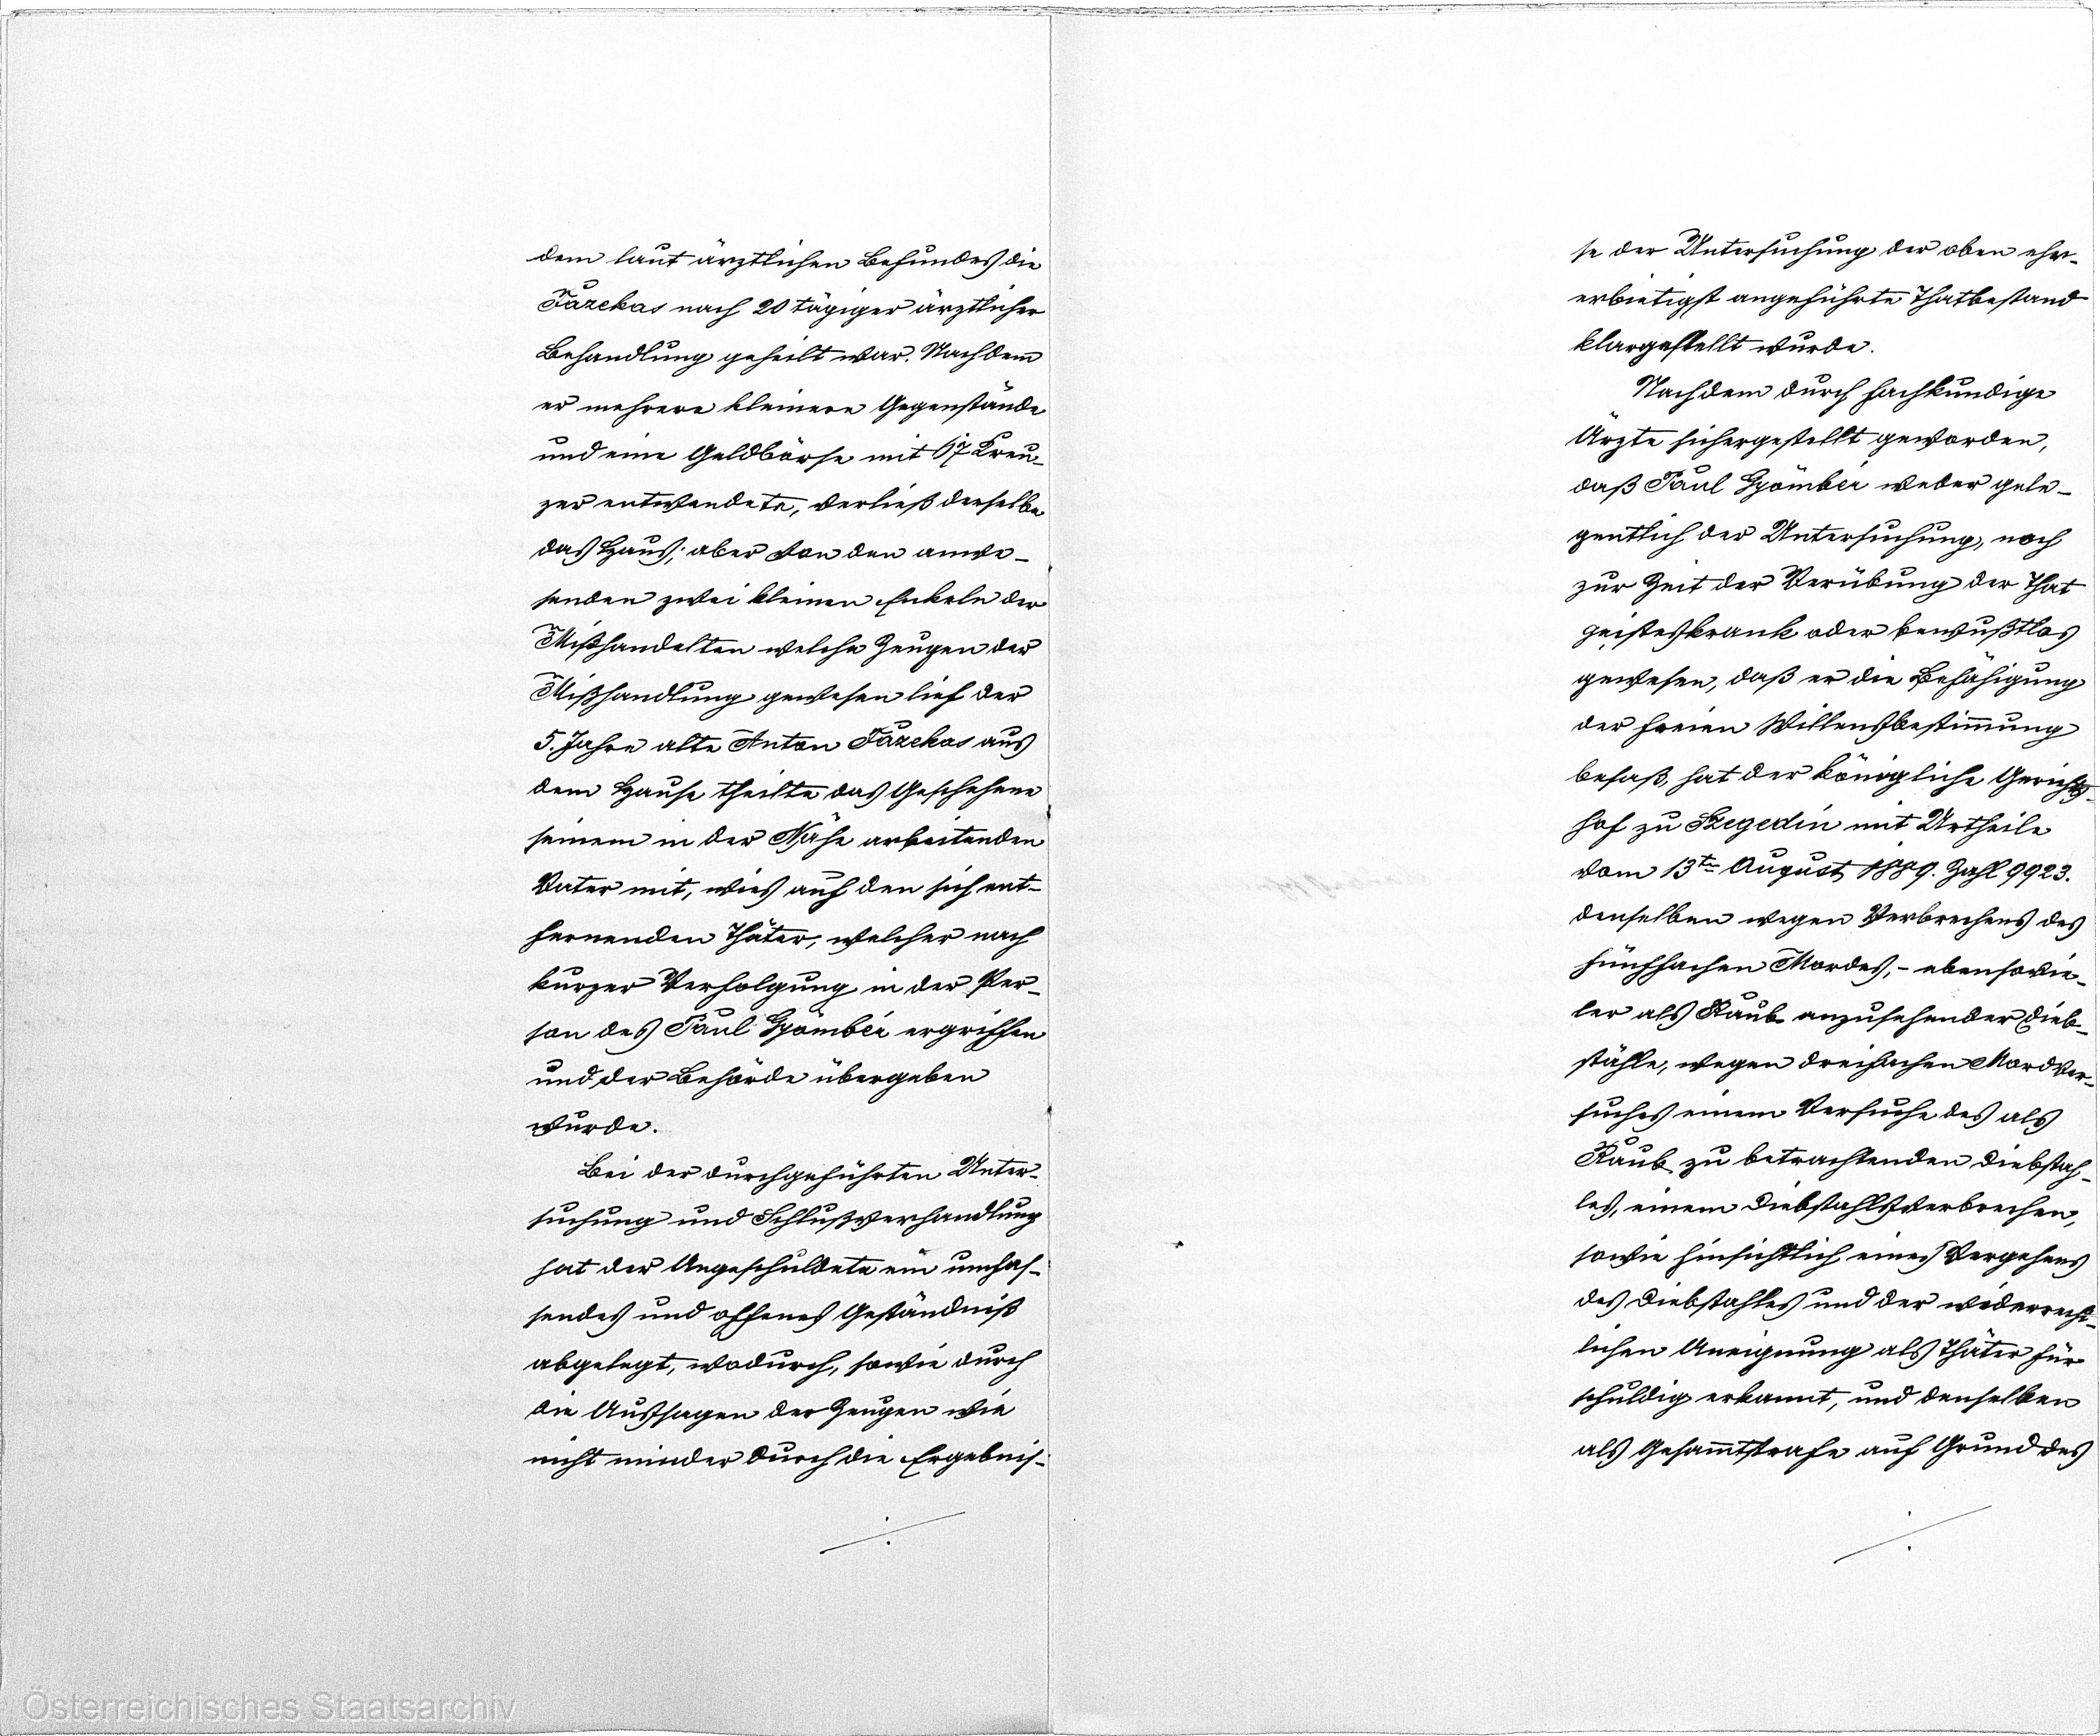
dem laut ärztlichen Befungdes die
Fazekas nach 20 tägiger ärztlicher
Behandlung geheilt war. Nach dem
er mehrere kleinere Gegenstände
und eine Geldbörse mit 67 Kreu¬
zer entwendete, verließ derselbe
das Haus; aber von den anwe¬
senden zwei kleinen Enkeln der
Mißhandelten welche Zeugen der
Mißhandlung gewesen lief der
5. Jahre alte Anton Fazekas aus
dem Hause theilte das Geschehene
seinem in der Nähe arbeitenden
Vater mit, wies auf den sich ent¬
fernenden thäter, welcher nach
kurzer Verfolgung in der Per¬
son des Paul Gyömbér ergriffen
und der Behörde übergeben
wurde.
Bei der durchgeführten Unter¬
suchung und Schlußverhandlung
hat der Angeschuldete ein umhas¬
sendes und offenes Geständniß
abgelegt, wodurch, sowie durch
die Aussagen der Zeugen wie
nicht minder durch die Ergebnis¬

se der Untersuchung der oben ehr¬
erbietigst angeführte Thatbestand
klargestellt wurde.
Nach dem durch fachkundige
Ärzte sichergestellt geworden,
daß Paul Gyömbér weder gele¬
gentlich der Untersuchung, noch
zur Zeit der Verübung der That
geisteskrank oder bewußtlos
gewesen, daß er die Befähigung
der freien Willensbestimmung
besaß hat der königliche Gerichts
hof zu Szegedin mit Urtheile
vom 13 ten August 1889. Zahl 9923.
Denselben wegen Verbrechens des
fünffachen Mordes, - ebensowie¬
ler als Raub anzusehender Dieb¬
stähle, wegen dreifachen Mord Ver¬
suches einem Verfuche des als
Raub zu betrachtenden Diebstah¬
les, einem Diebstahlswerbrechen,
sowie hinsichtlich eines Vergehens
des Diebstahles und der widerrecht¬
lichen Aneignung als Thäter für
schuldig erkannt, und denselben
als Gesammtstrafe auf Grund des